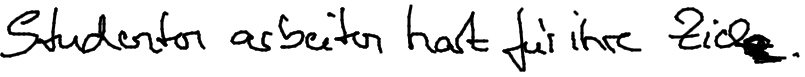
Studenten arbeiten hart für ihre Ziele.